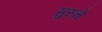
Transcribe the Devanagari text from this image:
सुरुचे